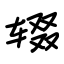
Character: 辍